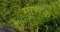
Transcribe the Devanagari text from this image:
मोसैक